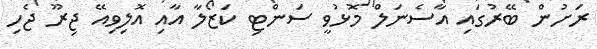
ރަށުން ބޭރުގައި އާސެނަލް މޮޅުވީ ސަންޓި ކަޒޯލާ އާއި އޮލިވިއޭ ޖިރޫ ޖެހި